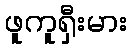
ဖူကူရှီးမား